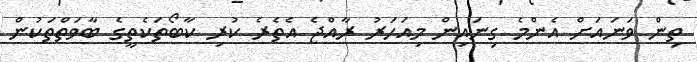
ތިން ވަނައަށް އެންމެ ގިނައިން މިއަހަރު ރާއްޖެ އެތެރެ ކުރި ކާބޯތަކެތީގެ ބާވަތްތަކުން